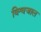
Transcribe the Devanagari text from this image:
विश्वजाल